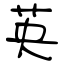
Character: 英